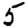
Digit: 5